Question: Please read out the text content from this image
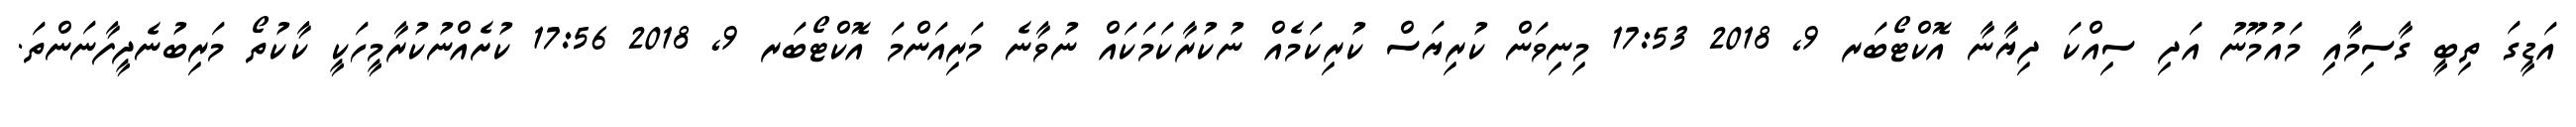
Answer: އަޑީގަ ތިބީ ގާސިމާއި މައުމޫނު އަދި ސިއްކަ ދިޔާނާ އޮކްޓޯބަރ 9, 2018 17:53 މިނިވަން ކުރިޔަސް ކުރިކަމެއް ނުކުރާކަމަކައް ނުވާނެ މަރިއަންމަ އޮކްޓޯބަރ 9, 2018 17:56 ކުށެއްނުކުރާމީހަކީ ކާކުތޯ މަރިބުނެދީފާނަންތަ.